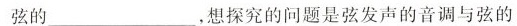
弦的_，想探究的问题是弦发声的音调与弦的